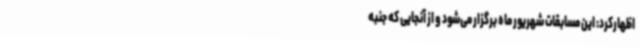
اظهارکرد: این مسابقات شهریور ماه برگزار می‌شود و از آنجایی که جنبه